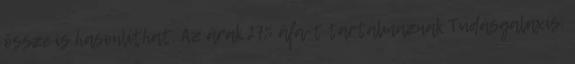
össze is hasonlíthat. Az árak 27% áfa-t tartalmaznak Tudásgalaxis: